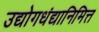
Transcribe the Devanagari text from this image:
उद्योगधंद्यानिमित्त